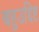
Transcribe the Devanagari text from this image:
बहुउद्दिष्ट